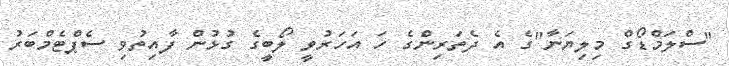
"ސްލަމްޑޯގް މިލިޔަނާ''ގެ އެ ދެތަރިންގެ ހަ އަހަރުވީ ލޯބީގެ ގުޅުން ފާއިތުވި ސެޕްޓެމްބަރު